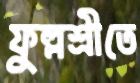
ফুল্লশ্রীতে